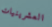
العشرينيات